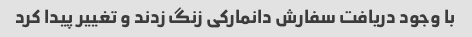
با وجود دریافت سفارش دانمارکی زنگ زدند و تغییر پیدا کرد